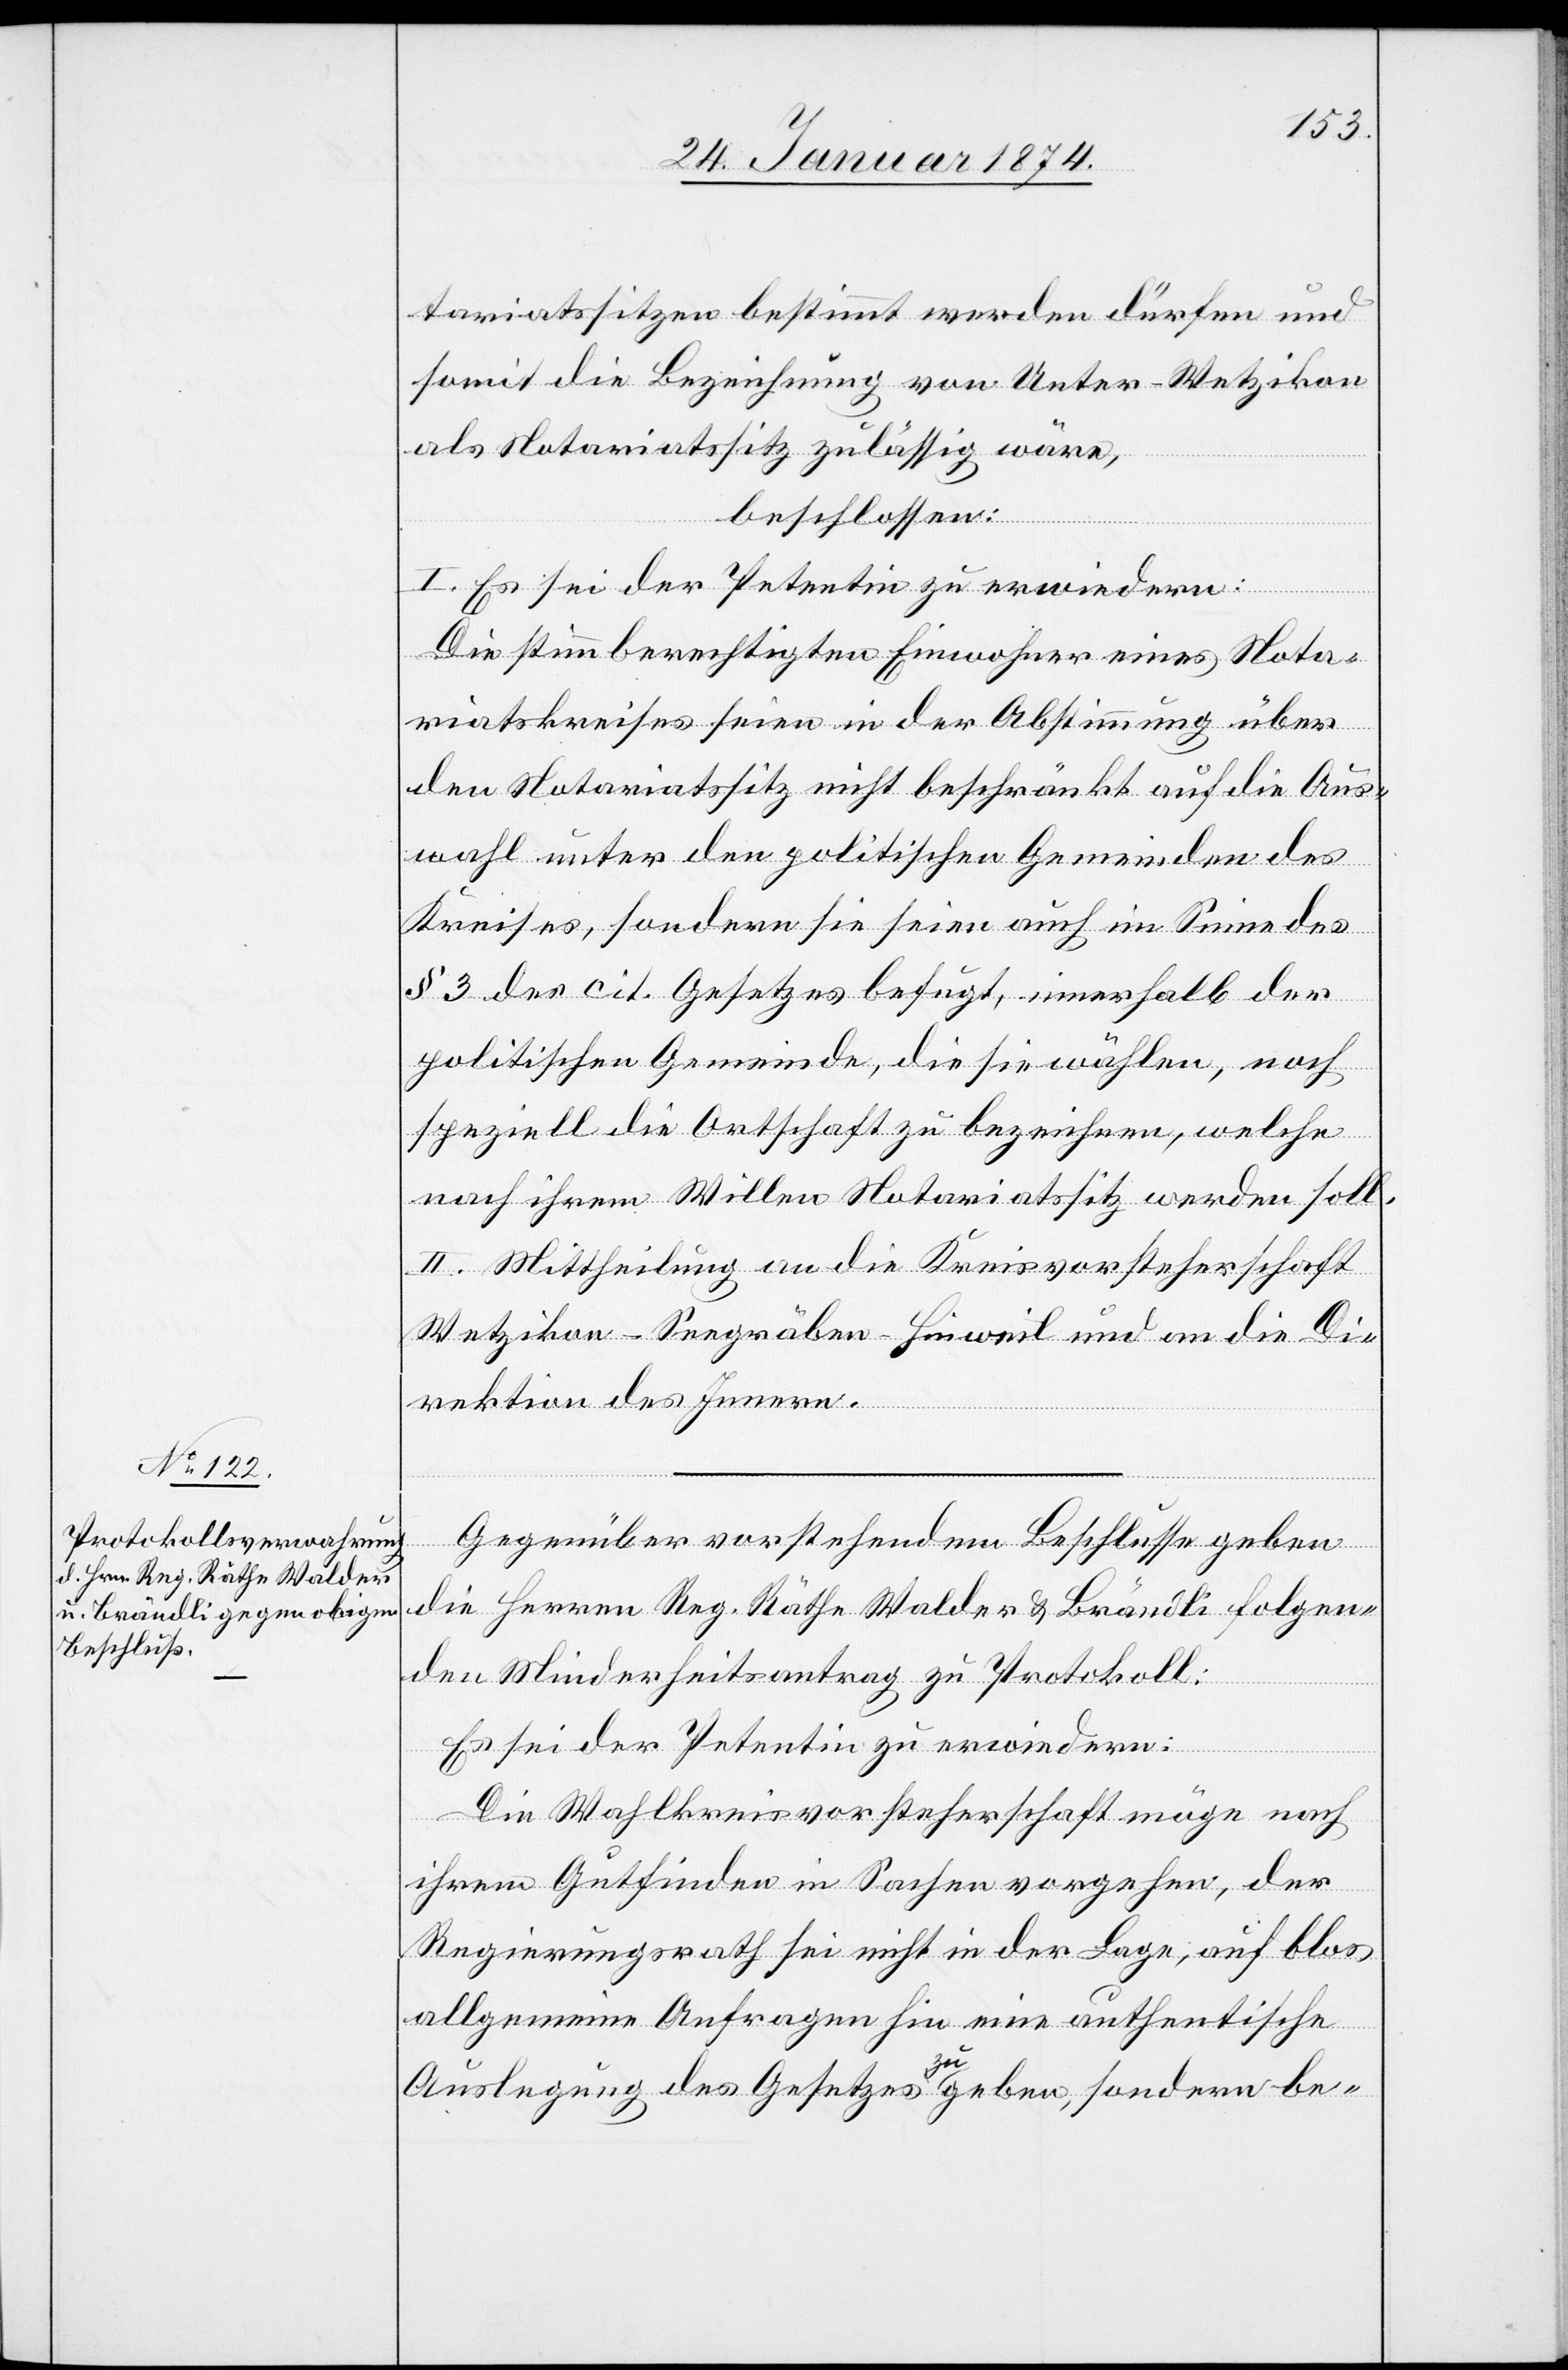
tariatssitzen bestimmt werden dürfen und
somit die Beziehung von Unter-Wetzikon
als Notariatssitz zulässig wäre,
beschlossen:
I. Es sei der Petentin zu erwiedern:
Die stimmberechtigten Einwohner eines Nota¬
riatskreises seien in der Abstimmung über
den Notariatssitz nicht beschränkt auf die Aus¬
wahl unter den politischen Gemeinden des
Kreises, sondern sie seien auch im Sinne des
§ 3 der cit. Gesetzes befugt, innerhalb der
politischen Gemeinden, die sie wählen, noch
speziell die Ortschaft zu bezeichnen, welche
nach ihrem Willen Notariatssitz werden soll.
II. Mittheilung an die Kreisvorsteherschaft
Wetzikon-Seegräben-Hinweil und an die Di¬
rektion des Innern.
Gegenüber vorstehendem Beschlusse geben
die Herren Reg. Räthe Walder & Brändli folgen¬
den Minderheitsantrag zu Protokoll:
Es sei der Petentin zu erwiedern:
Die Wahlkreisvorsteherschaft möge nach
ihrem Gutfinden in Sachen vorgehen, der
Regierungsrath sei nicht in der Lage, auf blos
allgemeine Anfragen hin eine authentische
Auslegung des Gesetzes zu geben, sondern be-